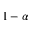
1 - \alpha